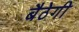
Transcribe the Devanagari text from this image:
बैठेगी